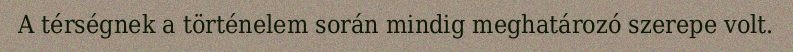
A térségnek a történelem során mindig meghatározó szerepe volt.